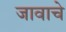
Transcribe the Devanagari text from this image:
जावाचे